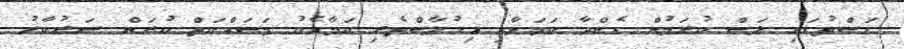
ގަސްތުގައި ލަސް ކުރަމުން ގެންދާ ކަމަށާއި އިހުލާސްތެރި ކަމާއެކު މަސައްކަތް ކުރަން ސަރުކާރު